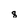
Character: 8